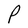
Character: P